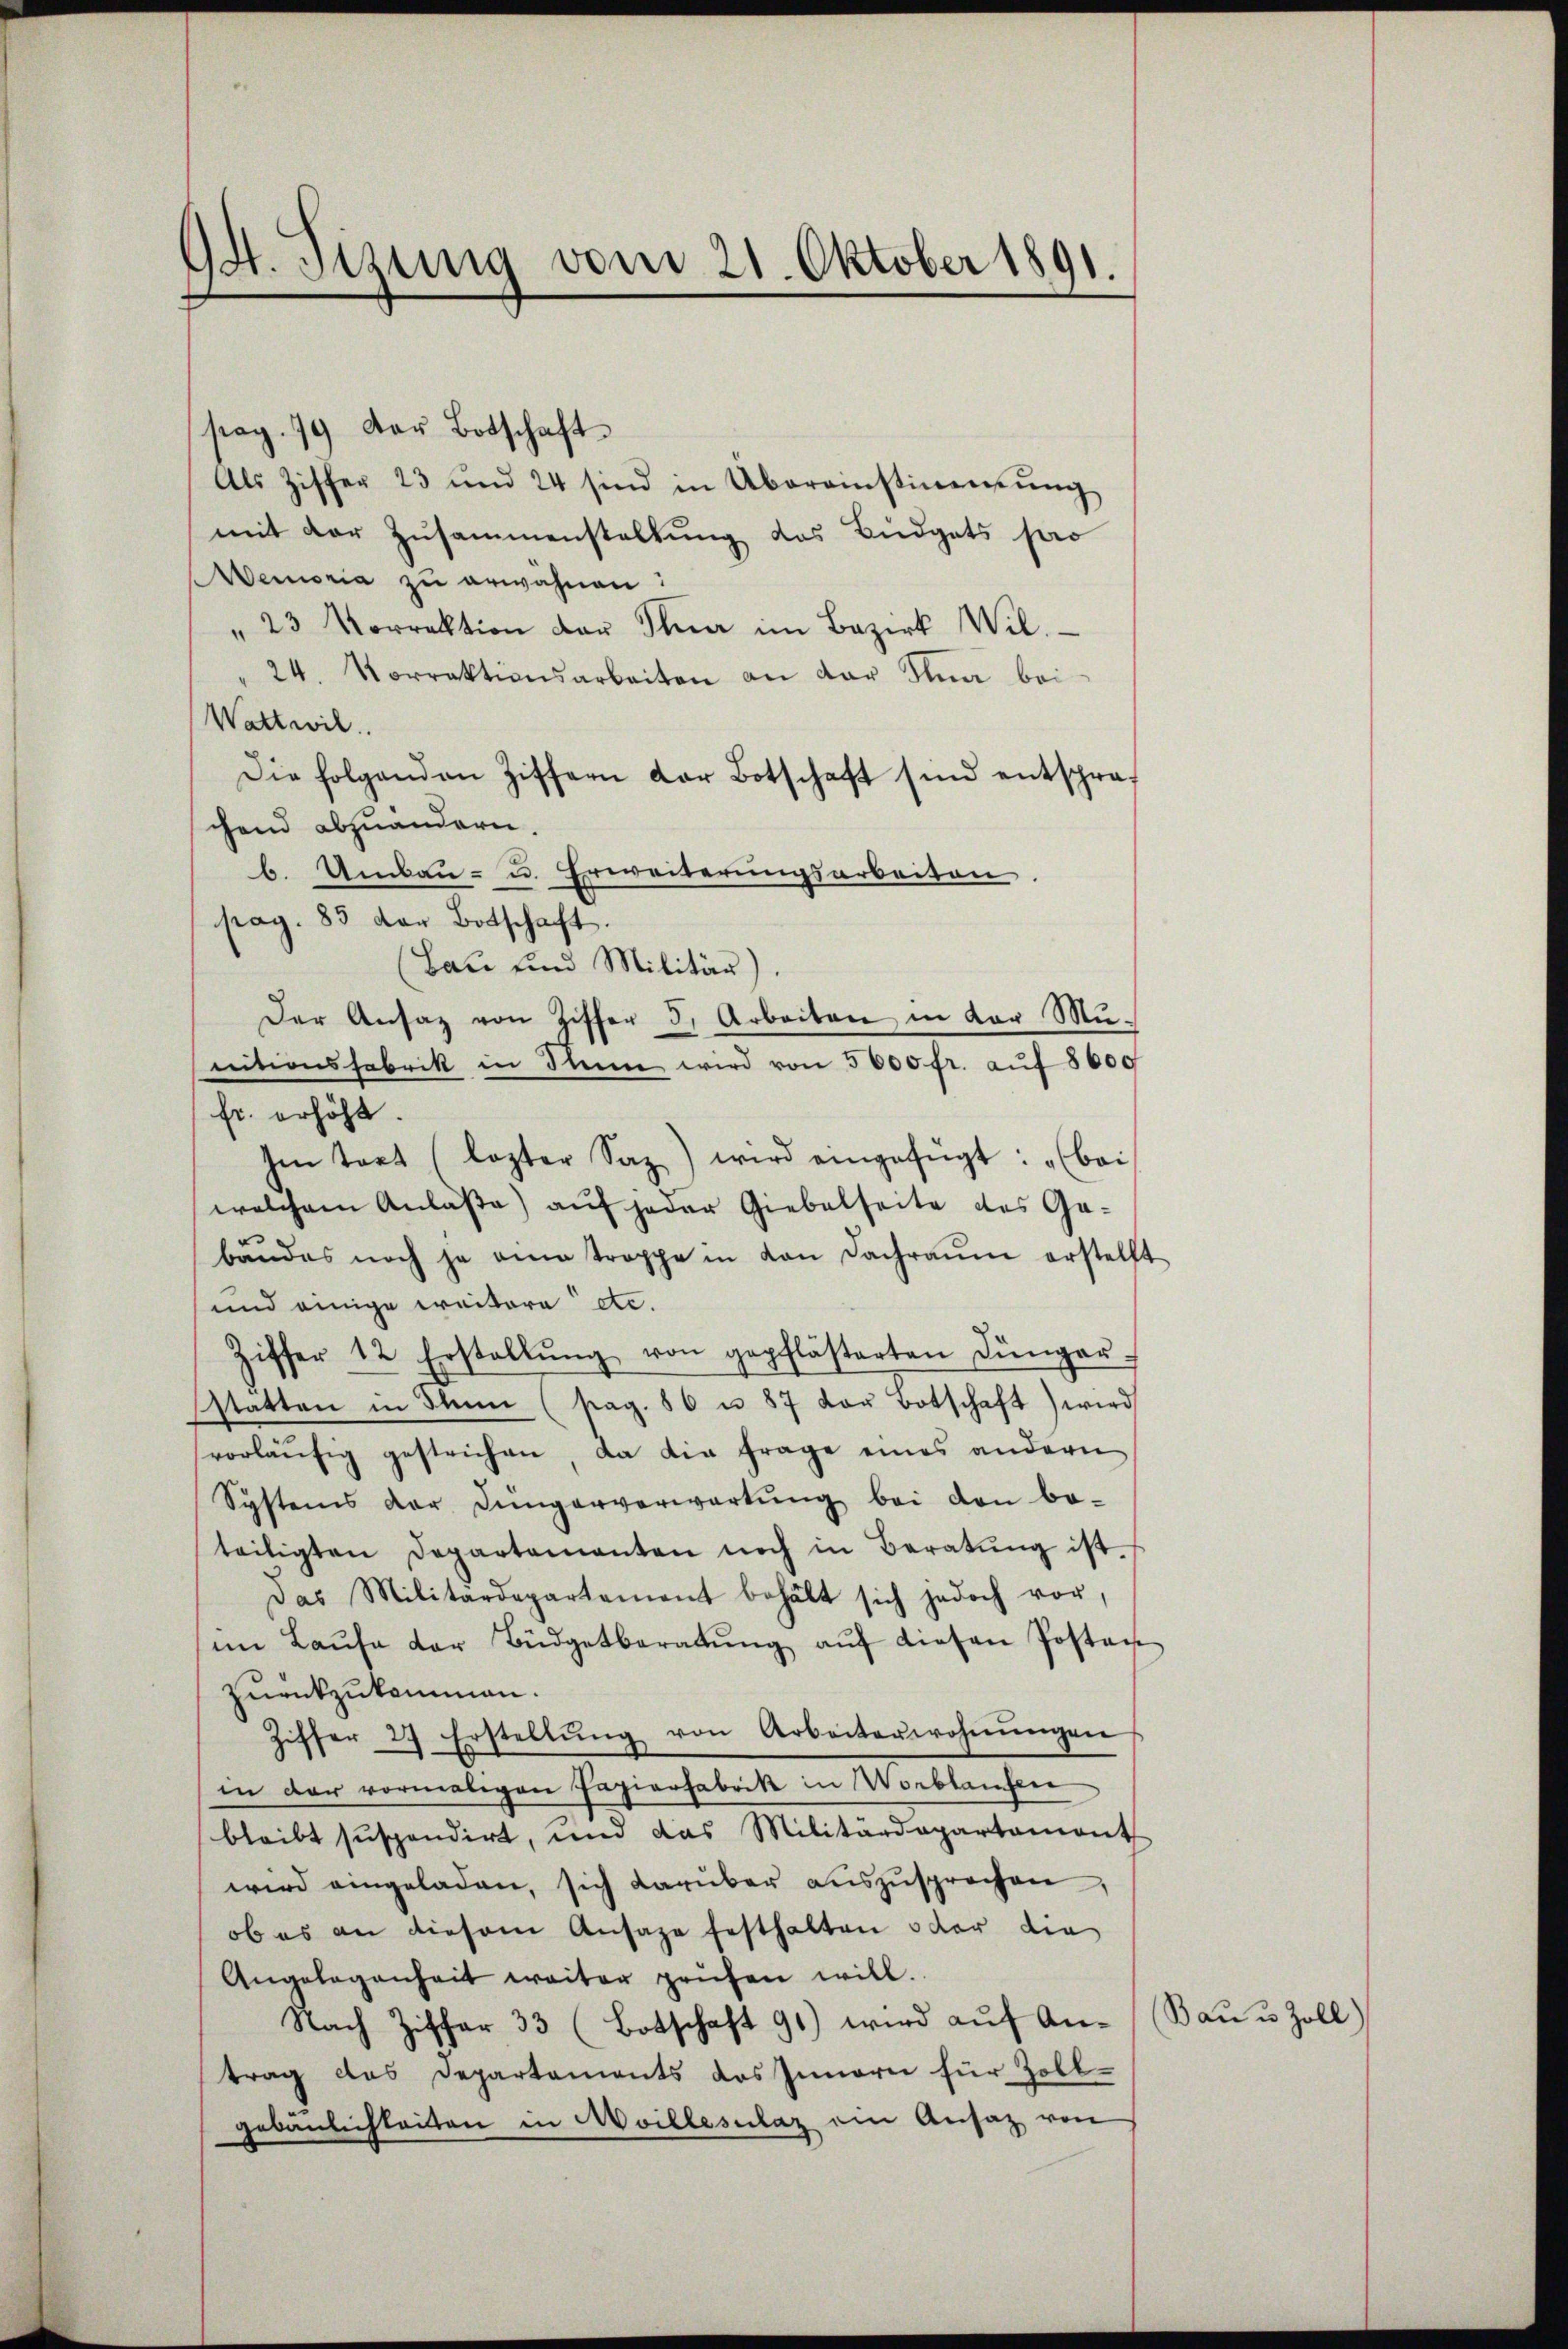
94t. Sizung vom 21. Oktober 1891.

pag. 79 der Botschaft
Als Ziffer 23 und 24 sind in Übereinstimmung
mit der Zusammenstaltung das Büdgets pro
emoria zu erwähnen?
" 23 Vorrektion der Thier im Bezirk Wil
24. Vorrektionsarbeiten an dar Ana bei
Wattwil
Die folgenden Ziffern dar Botschaft sind entsprachend abzuändern.
b. Umbau- u. Erweiterungsarbeiten.
pag. 85 der Botschaft.
(Bau und Militär).
Der Ansaz von Ziffer 3. Arbeiten in vor Mu-
nitionsfabrik in Sinne wird von 5000 fr. auf 8600
fr. erhöht.
hin tart (lezter Saz) wird eingefügt: „bei
welchem Anlaße) auf jeder Giebelseite des Gebäŭdes noch ja ein trappe in von Dachraŭm erstellt
und einige Creitere etc.
Ziffer 12 Erstellŭng von gepflästerten Jünger-
statten in Sein (pag. 86 u. 87 von Botschaft) wird
vorläŭfig gestrichen, da die Frage eines andern
Systems der Jüngerverwartung bei den be-
teiligten Departamanten noch in Beratŭng ist.
Das Militärdepartement behält sich jedoch vor,
im Laŭfe der Büdgetberatŭng aŭf diesen Postan
zurückzukommen.
Ziffer 24 Erstellŭng von Arbeiterwohnŭngen
in der vormaligen Papierfabrik in Wortlaufen
bleibt suspendirt, und das Militärdepartament
wird eingeladen, sich darüber aŭszŭsprochen,
ob es an diesem Ansage festhalten oder die
Angelegenheit weiter prüfen will.
Nach Ziffer 33 (Botschaft 91) wird aŭf An- Bau u. Zoll)
trag des Departements des Innern für Zoll-
gebäŭlichkeiten in Moillesclaz am Ansatz von